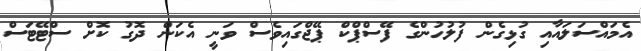
އެމައްސަލައާއި ގުޅިގެން ފުލުހުންގެ ފޭސްޕްކް ޕޭޖްގައިވެސް ވަނީ އެކަން ދޮގު ކޮށް ސްޓޭޓަސް